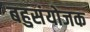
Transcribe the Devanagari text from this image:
बहुसंयोजक